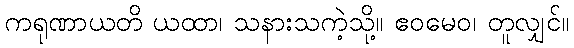
ကရုဏာယတိ ယထာ၊ သနားသကဲ့သို့။ ဧဝမေဝ၊ တူလျှင်။